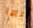
أيها